Indian Civil Veterinary Department memoirs
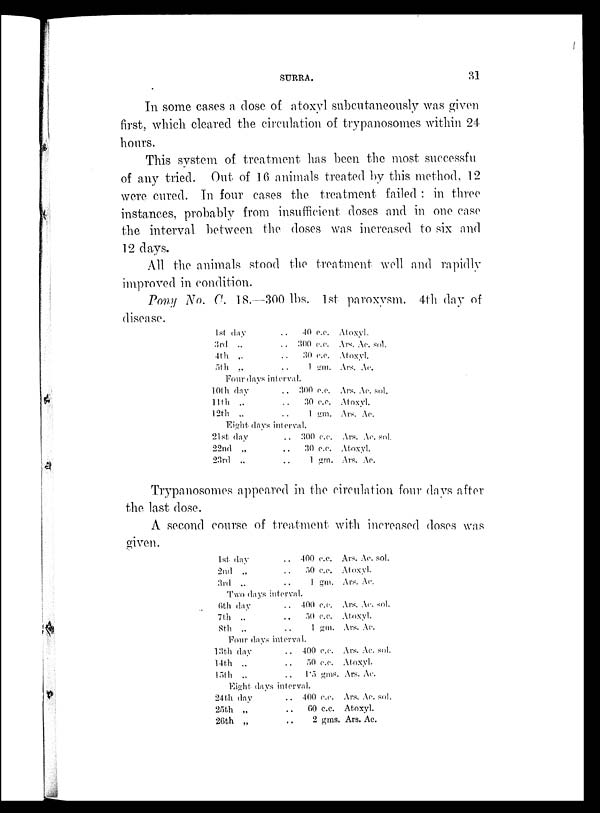
SURRA.
31
In some cases a dose of atoxyl subcutaneously was given
first, which cleared the circulation of trypanosomes within 24
hours.
This system of treatment has been the most successfu
of any tried. Out of 16 animals treated by this method, 12
were cured. In four cases the treatment failed: in three
instances, probably from insufficient doses and in one case
the interval between the doses was increased to six and
12 days.
All the animals stood the treatment well and rapidly
improved in condition.
Pony No. C. 18.—300 lbs. 1st paroxysm. 4th day of
disease.
1st day
3rd „
4th „
5th „
. . 40 c.c.
. . 300 c.c.
. . 30 c.c.
. . 1 gm.
Four days interval.
10th day
11th „
12th „
. . 300 c.c.
. . 30 c.c.
. . 1 gm.
Eight days interval.
21st day
22nd „
23rd „
. . 300 c.c.
. . 30 c.c.
. . 1 gm.
Atoxyl.
Ars. Ac. sol.
Atoxyl.
Ars. Ac.
Ars. Ac. sol.
Atoxyl.
Ars. Ac.
Ars. Ac. sol.
Atoxyl.
Ars. Ac.
Trypanosomes appeared in the circulation four days after
the last dose.
A second course of treatment with increased doses was
given.
1st day
2nd „
3rd „
. . 400 c.c.
. . 50 c.c.
. . 1 gm.
Two days interval.
6th day
7th „
8th „
. . 400 c.c.
. . 50 c.c.
. . 1 gm.
Four days interval.
13th day
14th „
l5th „
. . 400 c.c.
. . 50 c.c.
. . 1.5 gms.
Eight days interval.
24th day
25th „
26th „
. . 400 c.c.
. . 60 c.c.
. . 2 gms.
Ars. Ac. sol.
Atoxyl.
Ars. Ac.
Ars. Ac. sol.
Atoxyl.
Ars. Ac.
Ars. Ac. sol.
Atoxyl.
Ars. Ac.
Ars. Ac. sol.
Atoxyl.
Ars. Ac.